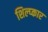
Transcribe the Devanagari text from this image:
शिल्प्कार